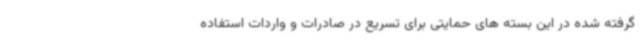
گرفته شده در این بسته های حمایتی برای تسریع در صادرات و واردات استفاده